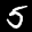
Label: 5